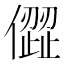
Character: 㒊